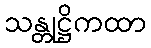
သန္တုဋ္ဌိကထာ